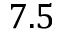
7 . 5